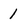
Character: 1